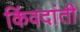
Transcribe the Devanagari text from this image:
किंवदांती